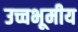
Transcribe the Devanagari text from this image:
उच्चभूमीय